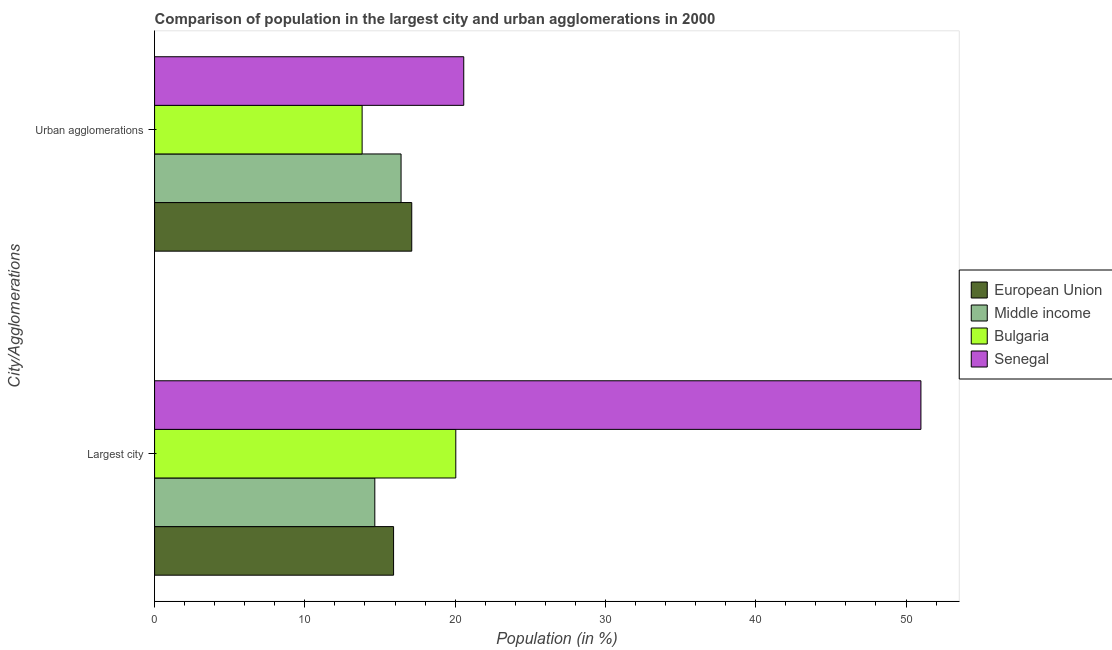
| City/Agglomerations | European Union | Middle income | Bulgaria | Senegal |
 | --- | --- | --- | --- | --- |
 | Largest city | 15.9 | 14.7 | 20 | 51 |
 | Urban agglomerations | 17.1 | 16.4 | 13.8 | 20.6 |